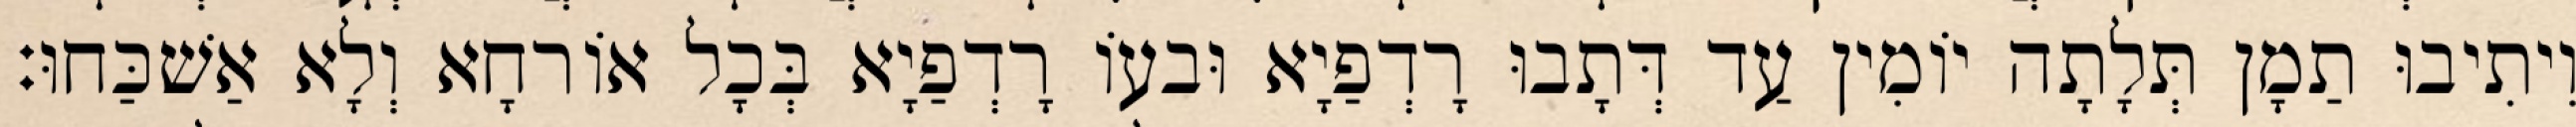
וִיתִיבוּ תַמָן תְּלָתָה יוֹמִין עַד דְּתָבוּ רָדְפַיָא וּבעוֹ רָדְפַיָא בְּכָל אוֹרחָא וְלָא אַשׁכַּחוּ׃